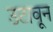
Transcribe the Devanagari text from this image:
उटावून